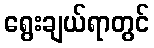
ရွေးချယ်ရာတွင်